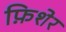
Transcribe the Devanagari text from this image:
फ़िशेर